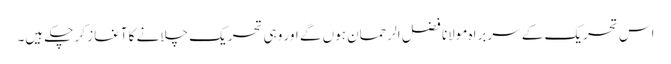
اس تحریک کے سربراہ مولانا فضل الرحمان ہوں گے اور وہی تحریک چلانے کا آغاز کر چکے ہیں۔